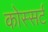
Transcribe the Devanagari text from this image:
कोस्सर्ट